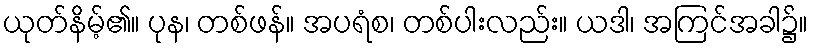
ယုတ်နိမ့်၏။ ပုန၊ တစ်ဖန်။ အပရံစ၊ တစ်ပါးလည်း။ ယဒါ၊ အကြင်အခါ၌။